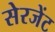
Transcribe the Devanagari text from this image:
सेरजेंट